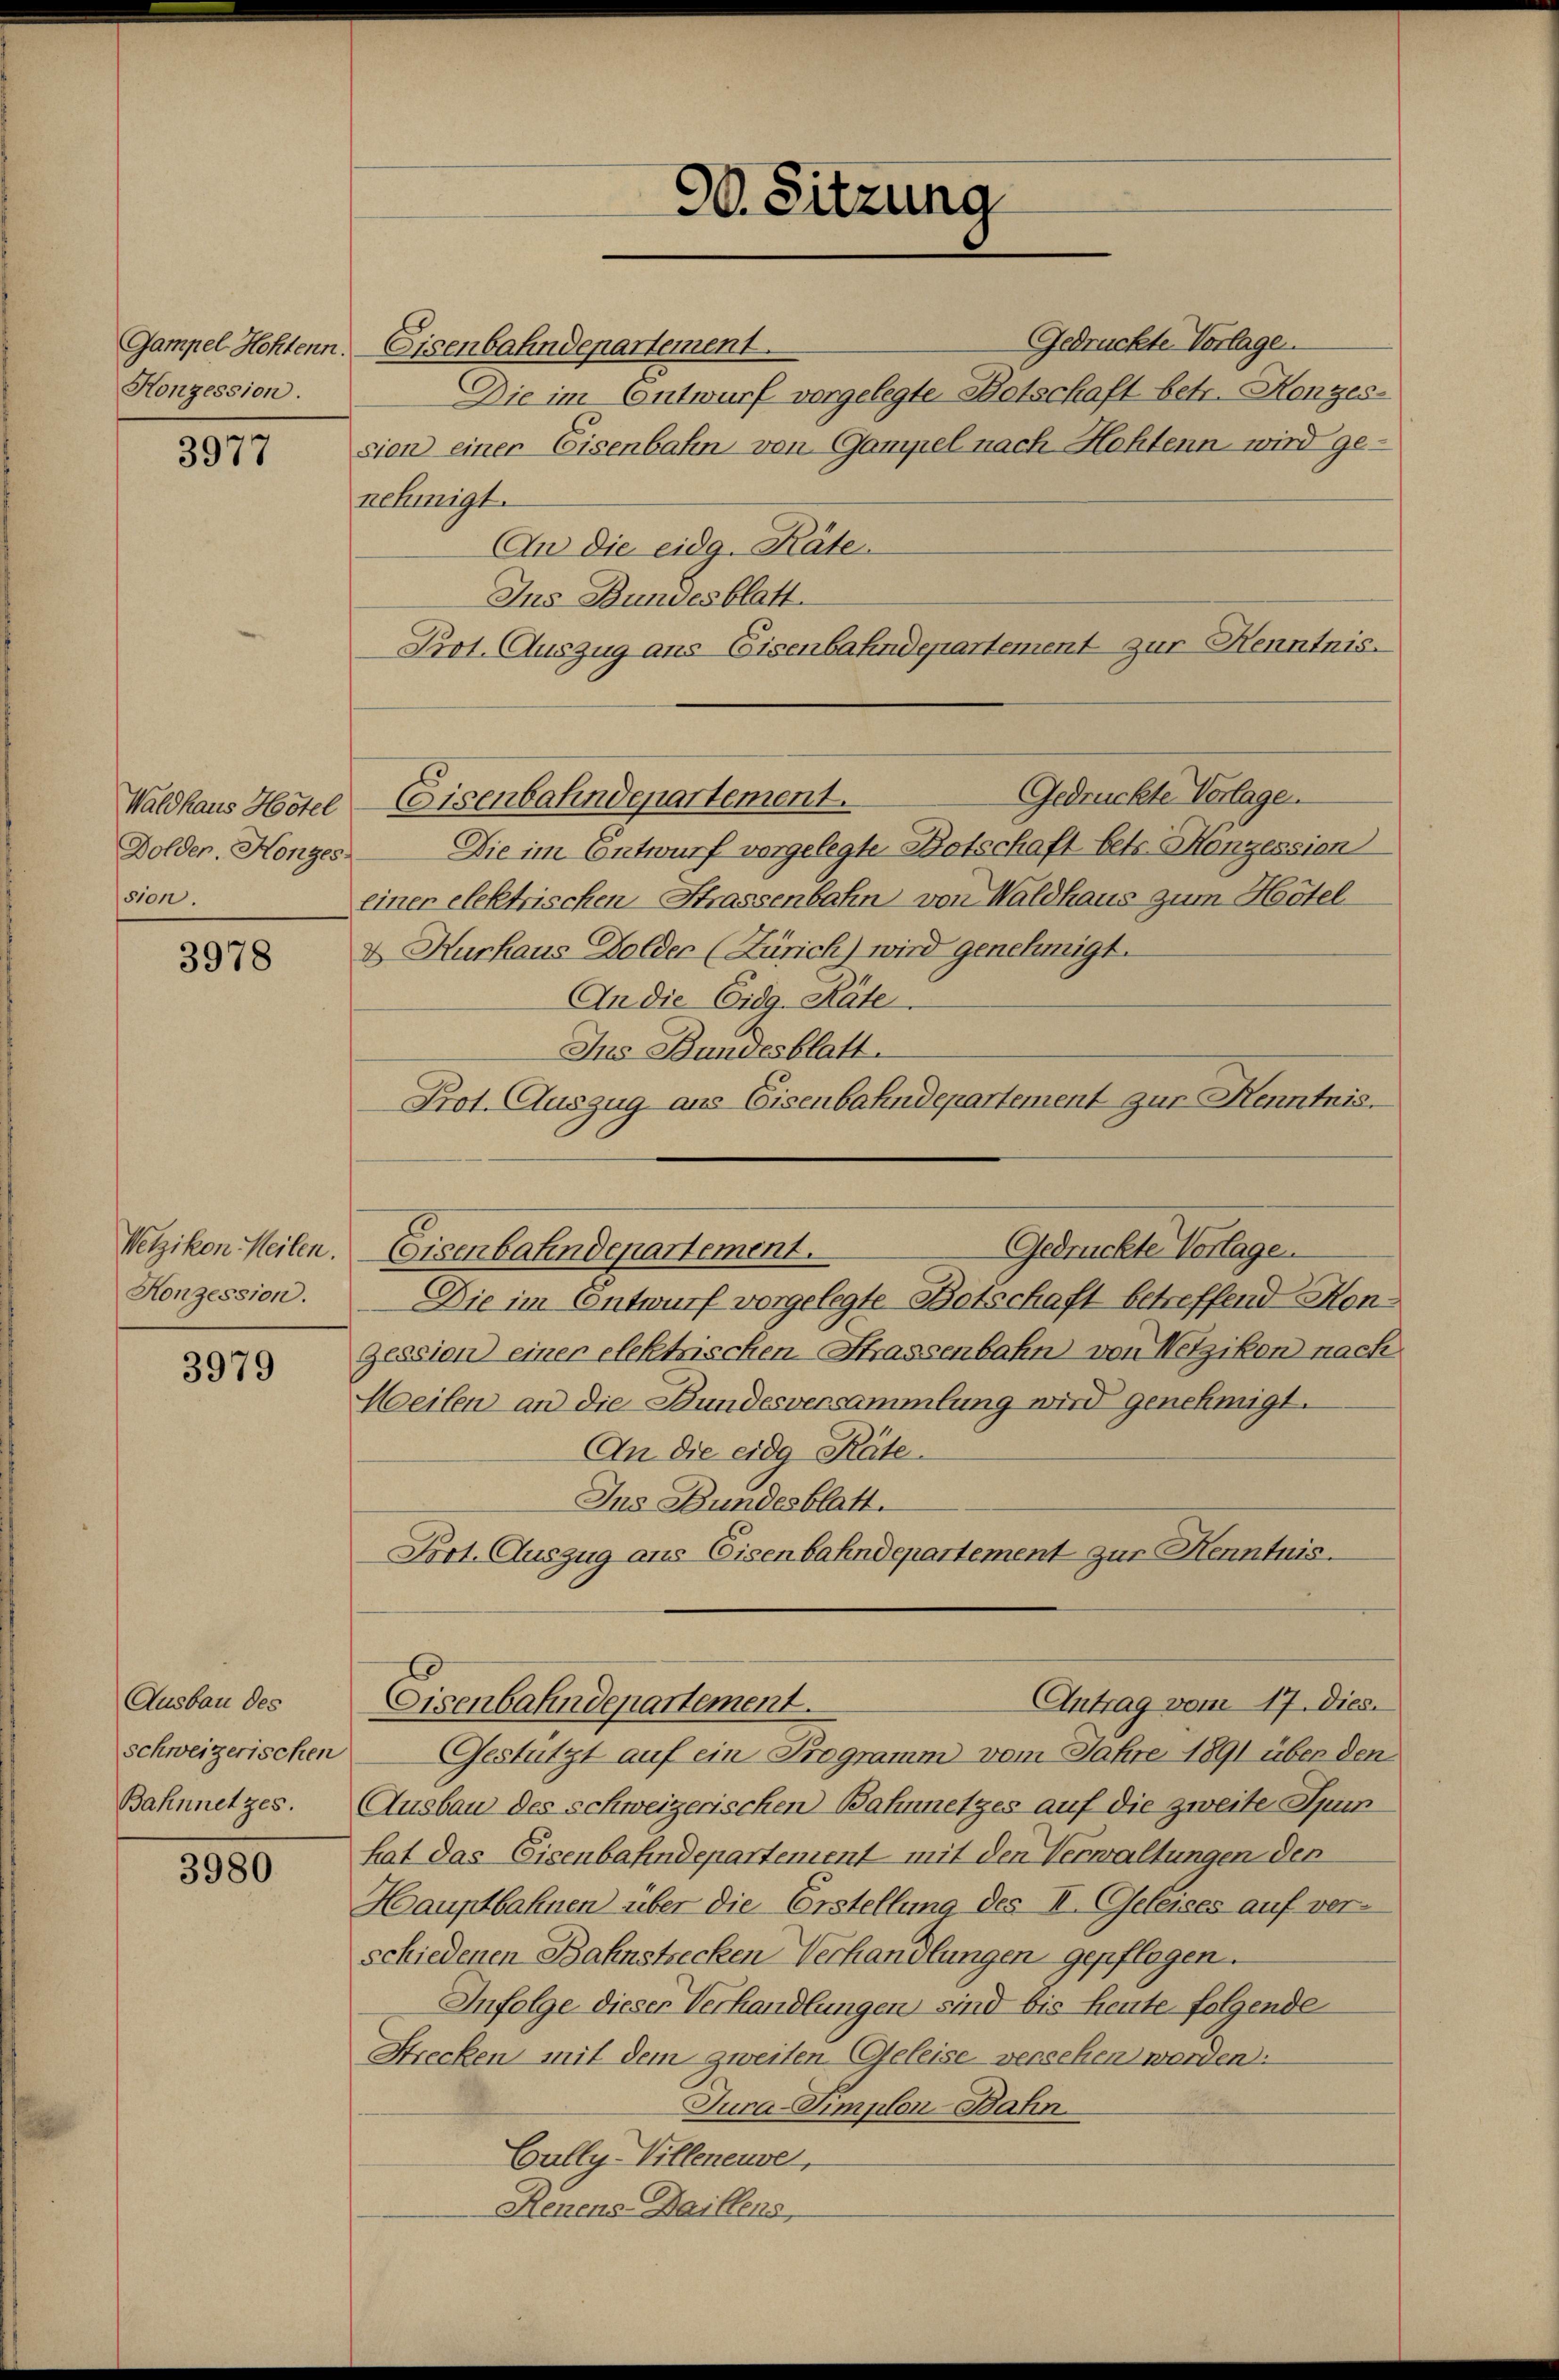
Gampel Hohtenn.
Konzession.

3977

Waldhaus Hôtel
Dolder. Honges.
sion.

3978

Wetzikon Meilen.
Konzession.

3979

Ausbau des
schweizerischen
Bahnnetzes.

3980

90. Sitzung

Gedrückte Vorlagen.
Eisenbahndenartement.
Die im Entwurf vorgelegte Botschaft betr. Konzes
sion einer Eisenbahn von Gampel nach Hohtenn wird ge-
nehmigt.
An die eidg. Käte.
Ins Bundesblatt
Prot. Auszug aus Eisenbahndepartement zur Henntnis.
Gedrückte Verlage.
Die im Entwurf vorgelegte Botschaft betr. Honzession
einer elektrischen Strassenbahn von Waldhaus zum Hertel
& Hurhaus Golder (Zürich) wird genehmigt.
An die Eidg. Räte
Ins Bundesblatt.
Prot. Auszug aus Eisenbahndepartement zur Henntnis.
Die im Entwurf vorgelegte Botschaft betreffend Hon¬
Zession einer elektrischen Strassenbahn von Wetzikon nach
Weilen an die Bundesversammlung wird genehmigt.
An die eidg Räte.
Ins Bundesblatt.
Port. Auszug aus Eisenbahndepartement zur Kenntnis.
Antrag vom 17. Dies.
Eisenbahndepartement.
Gestützt auf ein Programm vom Jahre 1891 über den
Ausbau des schweizerischen Bahnnetzes auf die zweite Spun
hat das Eisenbahndepartement mit den Verwaltungen den
Hauptbahnen über die Erstellung des II. Geleises auf verschiedenen Bahnstrecken Verhandlungen gepflogen.
Infolge dieser Verhandlungen sind bis heute folgende
Strecken mit dem zweiten Geleise versehen werden:
Jura-Simplon-Bahn
Cully-Villeneuve,
Renens-Daillens,

Gedrückte Vorlage.
Eisenbahndepartement.

Eisenbahndepartement.